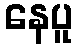
နေပူ